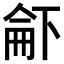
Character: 𠁄